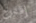
إقترح